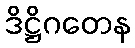
ဒိဋ္ဌိဂတေန